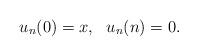
LaTeX: \begin{align*}u_{n}(0)=x, \ \ u_{n}(n)=0.\end{align*}